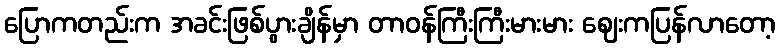
ပြောကတည်းက အခင်းဖြစ်ပွားချိန်မှာ တာဝန်ကြီးကြီးမားမား ဈေးကပြန်လာတော့